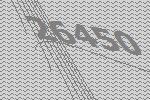
26450